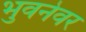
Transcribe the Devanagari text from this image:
भुवनेवर